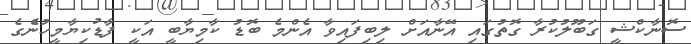
ސޮނާކްޝީ ގަބޫލުކުރާ ގޮތުގައި އޭނާއަށް ލިބިފައިވާ އެންމެ ބޮޑު ކާމިޔާބީ އަކީ ފާޑުކިޔާމީހުންެގެ